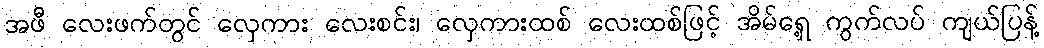
အဖီ လေးဖက်တွင် လှေကား လေးစင်း၊ လှေကားထစ် လေးထစ်ဖြင့် အိမ်ရှေ့ ကွက်လပ် ကျယ်ပြန့်